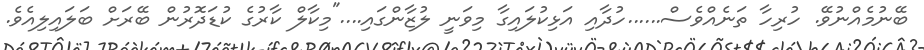
ބޭނުމެއްނުވޭ. ހުރިހާ ތަނެއްވެސް......ހުދާއި އަޅިކުލައިގާ މިވަނީ ލުޒާންގައި...."މިކާލް ކާރުގެ ކުޑަދޮރުން ބޭރަށް ބަލައިލިއެވެ.